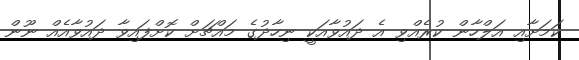
ކަމަށާއި އަލްހާން ކުރެއްވި އެ ދައުވާއަކީ ނިހާދުގެ މައްޗަށް ކޮށްފައިވާ ދައުވާއެއް ނޫން